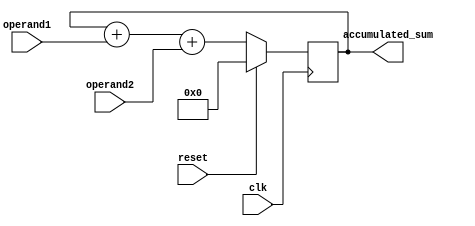
module fixed_point_accumulator (
    input wire clk,
    input wire reset,
    input wire [N-1:0] operand1, // N-bit input operand 1
    input wire [N-1:0] operand2, // N-bit input operand 2
    output reg [N-1:0] accumulated_sum // N-bit output accumulated sum
);

parameter N = 8; // Number of bits for fixed-point representation

reg [N-1:0] internal_accumulator;

always @(posedge clk) begin
    if (reset) begin
        internal_accumulator <= 0;
    end else begin
        internal_accumulator <= internal_accumulator + operand1 + operand2;
    end
end

assign accumulated_sum = internal_accumulator;

endmodule